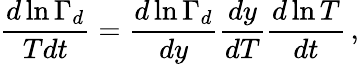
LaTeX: \frac{d\ln\Gamma_{d}}{Tdt}=\frac{d\ln\Gamma_{d}}{dy}\frac{dy}{dT}\frac{d\ln T}{dt}\, ,